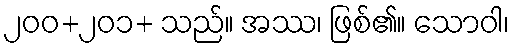
၂၀၀+၂၀၁+ သည်။ အဿ၊ ဖြစ်၏။ သောဝါ၊